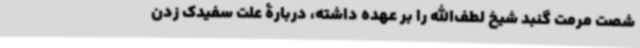
شصت مرمت گنبد شیخ لطف‌الله را بر عهده داشته، دربارۀ علت سفیدک زدن